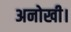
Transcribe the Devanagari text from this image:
अनोखी।